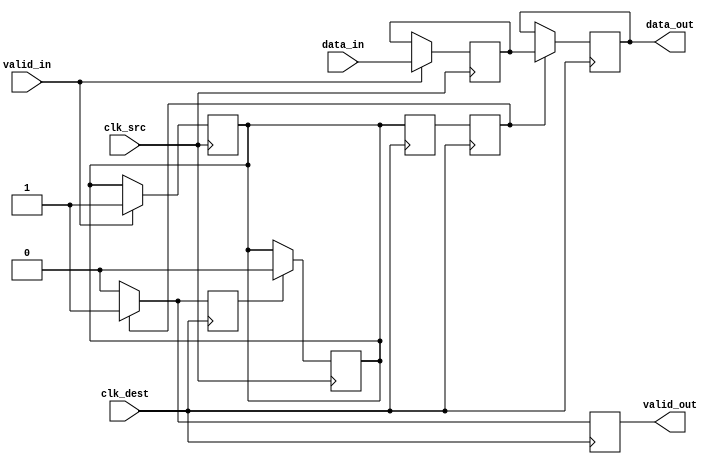
module HandshakeSynchronizer (
    input wire [7:0] data_in,     // Input data from source clock domain
    input wire valid_in,           // Valid signal for input data
    input wire clk_src,           // Source clock
    input wire clk_dest,          // Destination clock
    output reg [7:0] data_out,    // Synchronized output data
    output reg valid_out           // Valid signal for output data
);

    // Internal signals
    reg [7:0] sync_data;          // Data register for synchronization
    reg sync_valid;               // Valid register for synchronization
    reg ack;                      // Acknowledgment signal from destination domain

    // Source clock domain process
    always @(posedge clk_src) begin
        if (valid_in) begin
            sync_data <= data_in;  // Latch data_in into sync_data
            sync_valid <= 1'b1;     // Assert sync_valid
        end
    end

    // Destination clock domain process
    reg sync_valid_d1;            // First stage of synchronization
    reg sync_valid_d2;            // Second stage of synchronization

    always @(posedge clk_dest) begin
        // Synchronize the valid signal
        sync_valid_d1 <= sync_valid;
        sync_valid_d2 <= sync_valid_d1;

        if (sync_valid_d2) begin
            data_out <= sync_data; // Transfer synchronized data
            valid_out <= 1'b1;      // Assert valid_out
            ack <= 1'b1;            // Assert acknowledgment
        end else begin
            valid_out <= 1'b0;      // Deassert valid_out
            ack <= 1'b0;            // Deassert acknowledgment
        end
    end

    // Source clock domain acknowledgment process
    always @(posedge clk_src) begin
        if (ack) begin
            sync_valid <= 1'b0;      // Deassert sync_valid upon acknowledgment
        end
    end

endmodule